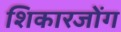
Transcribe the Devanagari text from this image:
शिकारजोंग